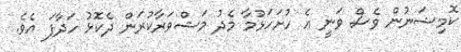
ކޮމިޝަނުން ވެސް ވަނީ އެ ހުށަހަޅުމާ މެދު މަޝްވަރާކުރަން ދެކޮޅު ހަދާފަ އެވެ.